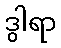
ဒွါရာ